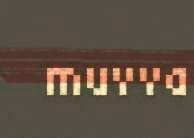
muvva